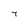
Character: 7